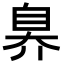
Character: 𬛬